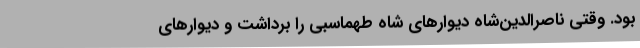
بود. وقتی ناصرالدین‌شاه دیوارهای شاه طهماسبی را برداشت و دیوارهای